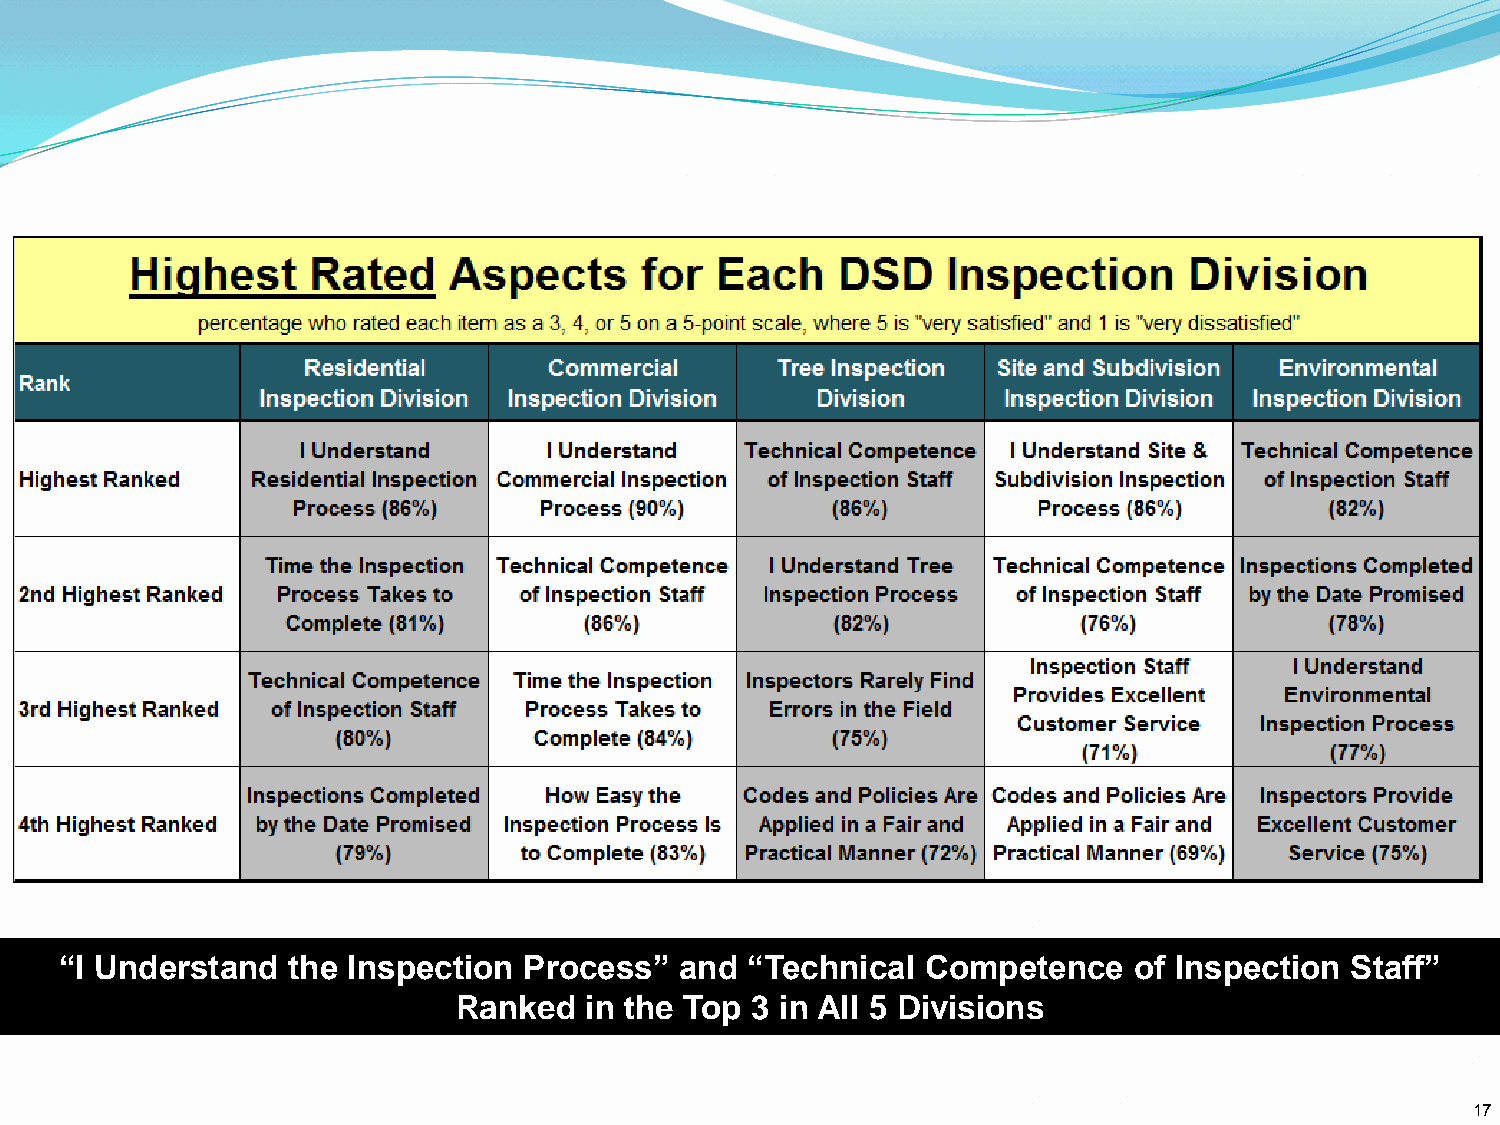
“I Understand  the Inspection  Process”  and “Technical  Competence    of Inspection Staff”
 Ranked   in the Top 3 in All 5 Divisions
 17